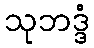
သုဘဒ္ဒံ